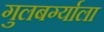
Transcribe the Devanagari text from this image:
गुलबर्ग्याला